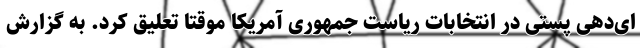
ای‌دهی پستی در انتخابات ریاست جمهوری آمریکا موقتا تعلیق کرد. به گزارش